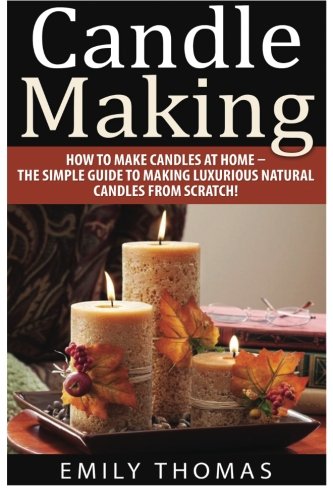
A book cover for Candle Making: How To Make Candles At Home - The Simple Guide To Making Luxurious Natural Candles from Scratch!; Emily Thomas; Crafts, Hobbies & Home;